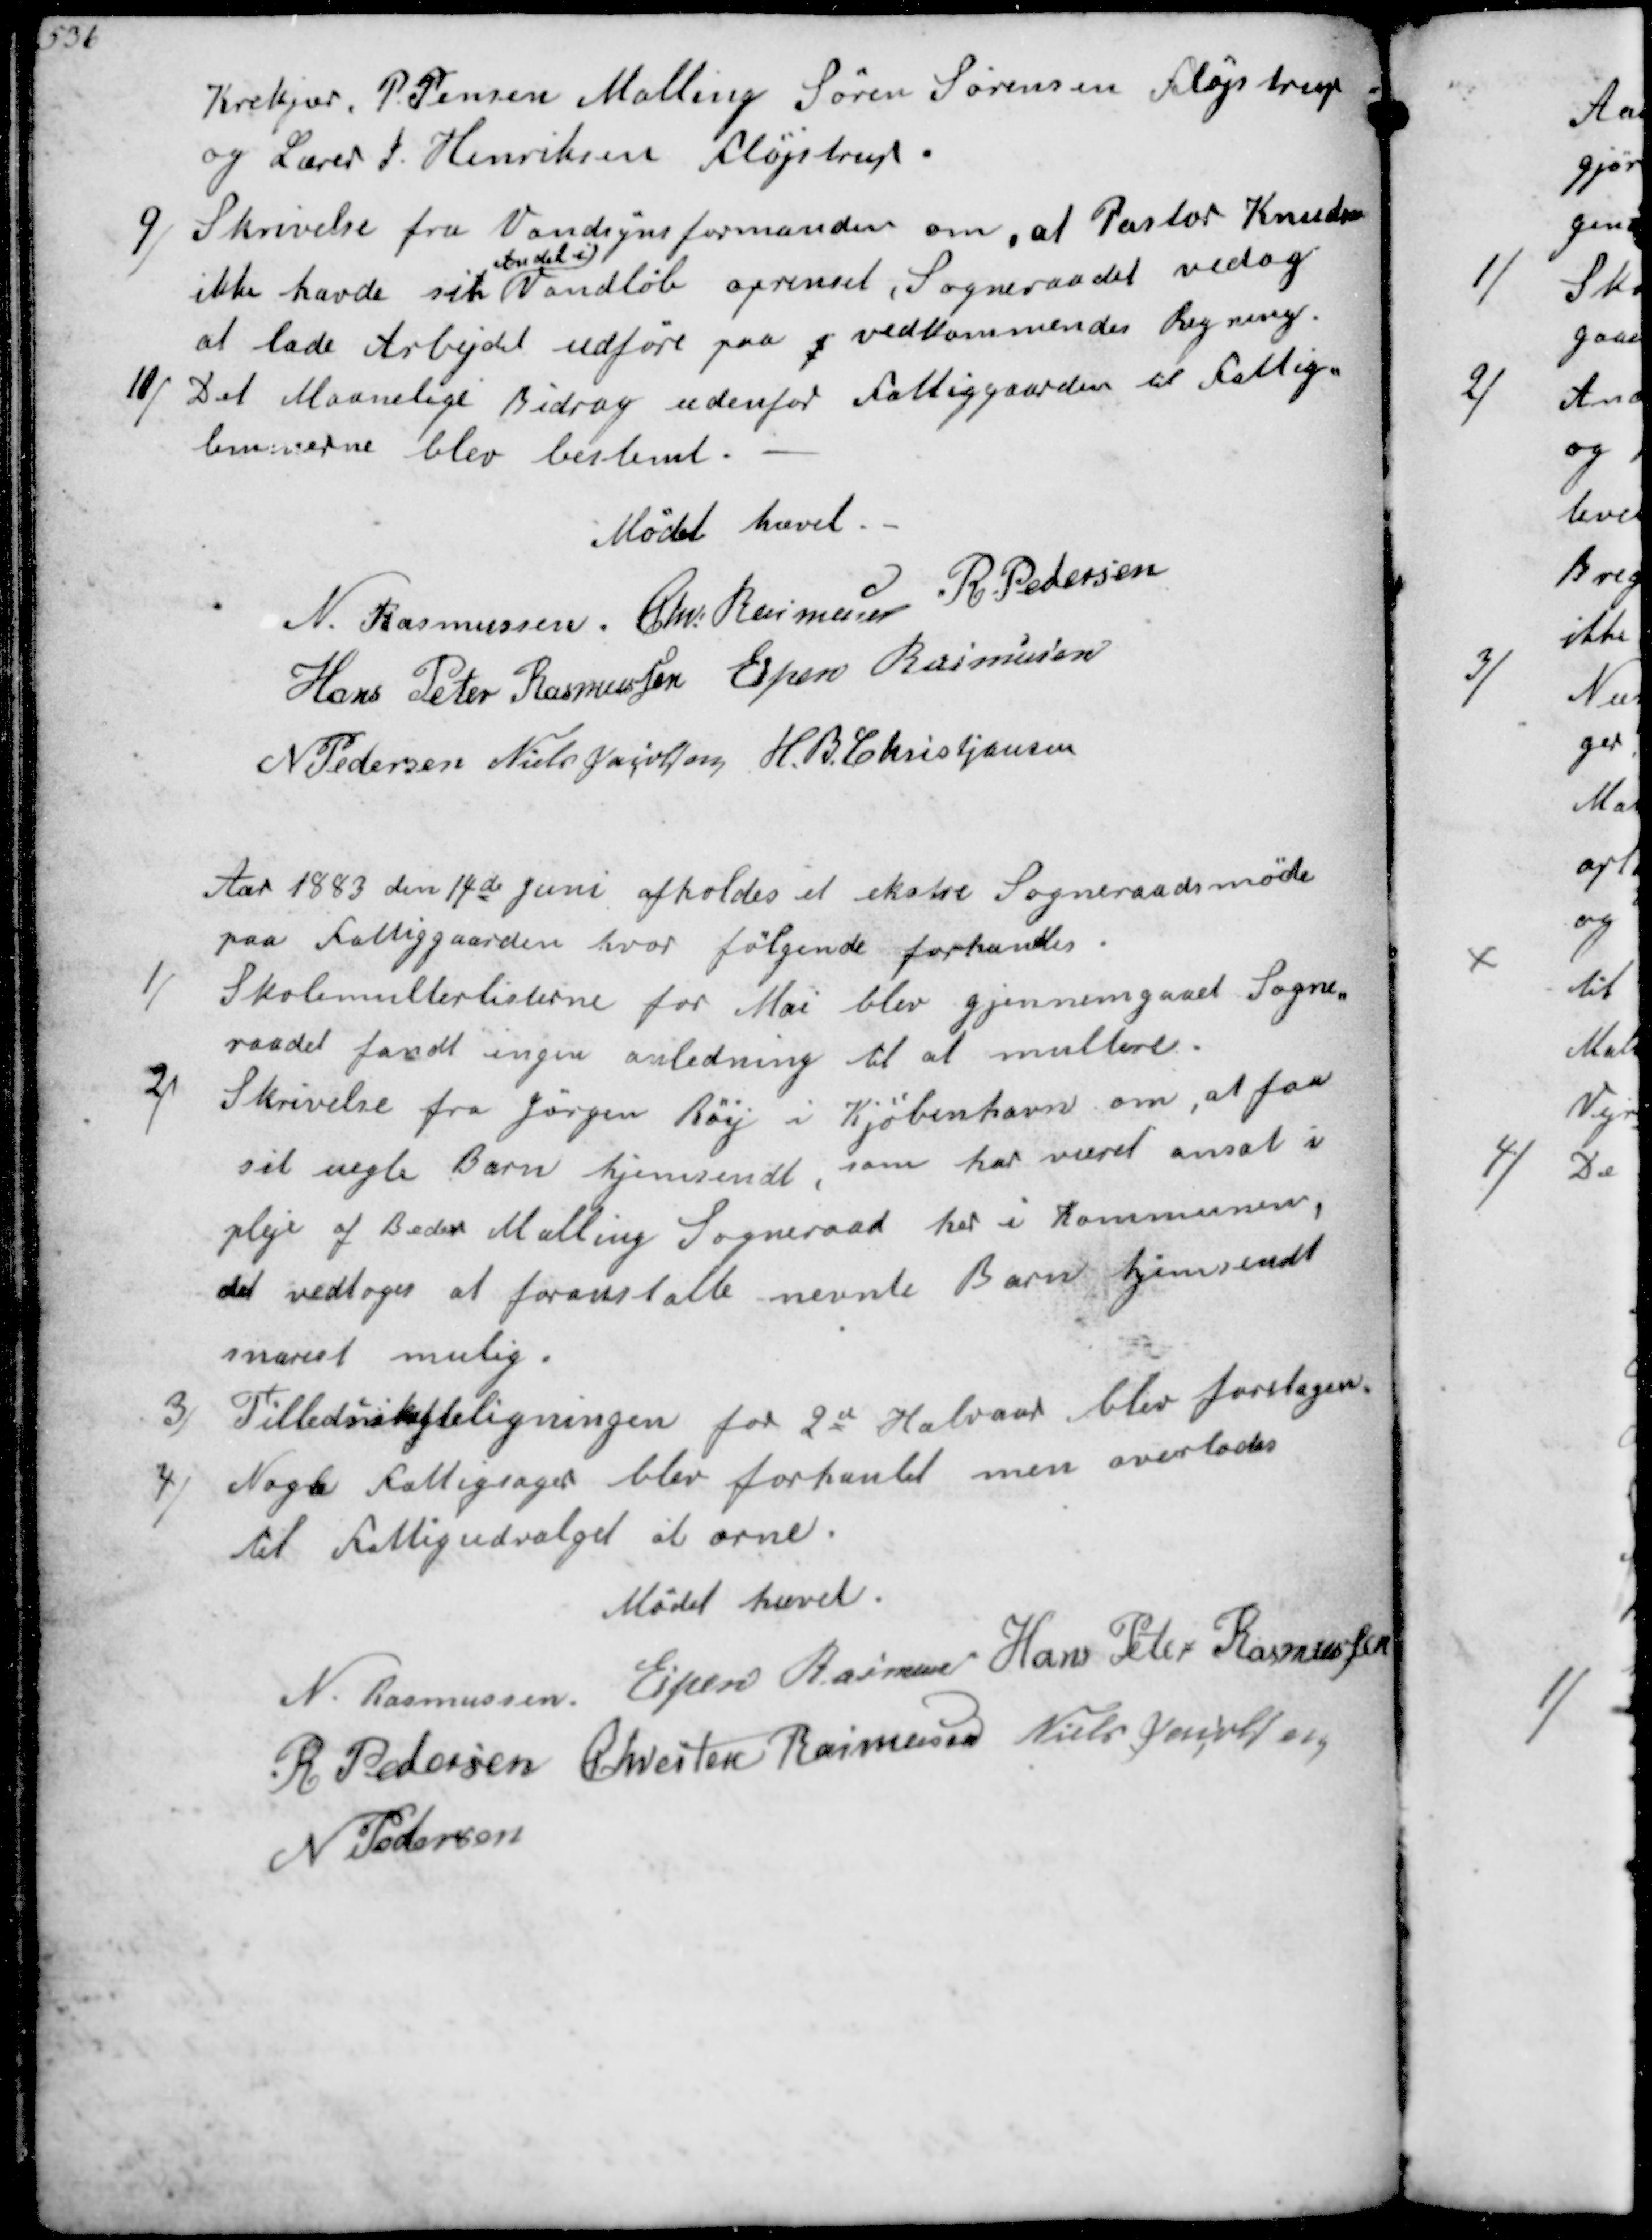
Transskription:
Krekjær, P. Jensen Malling Søren Sørensen Fløjstrup
og Lærer J. Henriksen Fløjstrup.
9/
Skrivelse fra Vandsynsformanden om, at Pastor Knudsen
ikke havde sin
Andel i
Vandløb oprenset, Sogneraadet vedtog
at lade Arbejdet udføre paa vedkommendes Regning.
10/
Det Maanedlige Bidrag udenfor fattiggaarden til fattig-
lemmerne blev bestemt.
Mødet hævet.
N. Rasmussen
Chr. Rasmussen
R. Pedersen
Hans Peter Rasmussen
Espen Rasmussen
N Pedersen
Niels Jacobsen
H. B. Christjansen

Aar 1883 den 14de Juni afholdes et ekstre Sogneraadsmøde
paa fattiggaarden hvor følgende forhandles.
1/
Skolemulterlisterne for Maj blev gjennemgaaet Sogne-
raadet fandt ingen anledning til at multere. 
2/
Skrivelse fra Jørgen Røy i Kjøbenhavn om, at faa
sit uegte Barn hjemsendt, som har været ansat i 
pleje af Beder Malling Sogneraad her i Kommunen, 
det vedtoges at foranstalte nævnte Barn hjemsendt
snarest mulig. 
3/
Tilledsskatteligningen for 2et Halvaar blev foretagen.
4/
Nogle fattigsager blev forhanlet men overlodes 
til fattigudvalget at orne. 
Mødet hævet.
N. Rasmussen
Espen Rasmussen
Hans Peter Rasmussen
R Pedersen
Chresten Rasmussen
Niels Jacobsen
N Pedersen